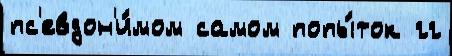
пс'евдон'и́мом самом попы́ток гг